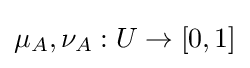
\mu _{A},\nu _{A}:U\to [0,1]